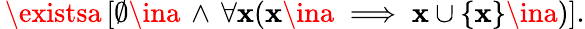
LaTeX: \, \existsa\, [\emptyset\ina\, \land\, \forall\mathbf{x}(\mathbf{x}\ina\implies\mathbf{x}\cup\{ \mathbf{x}\} \ina)].